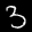
Label: 3